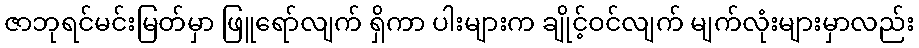
ဇာဘုရင်မင်းမြတ်မှာ ဖြူရော်လျက် ရှိကာ ပါးများက ချိုင့်ဝင်လျက် မျက်လုံးများမှာလည်း